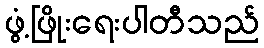
ဖွံ့ဖြိုးရေးပါတီသည်